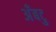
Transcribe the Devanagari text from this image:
अँबटु